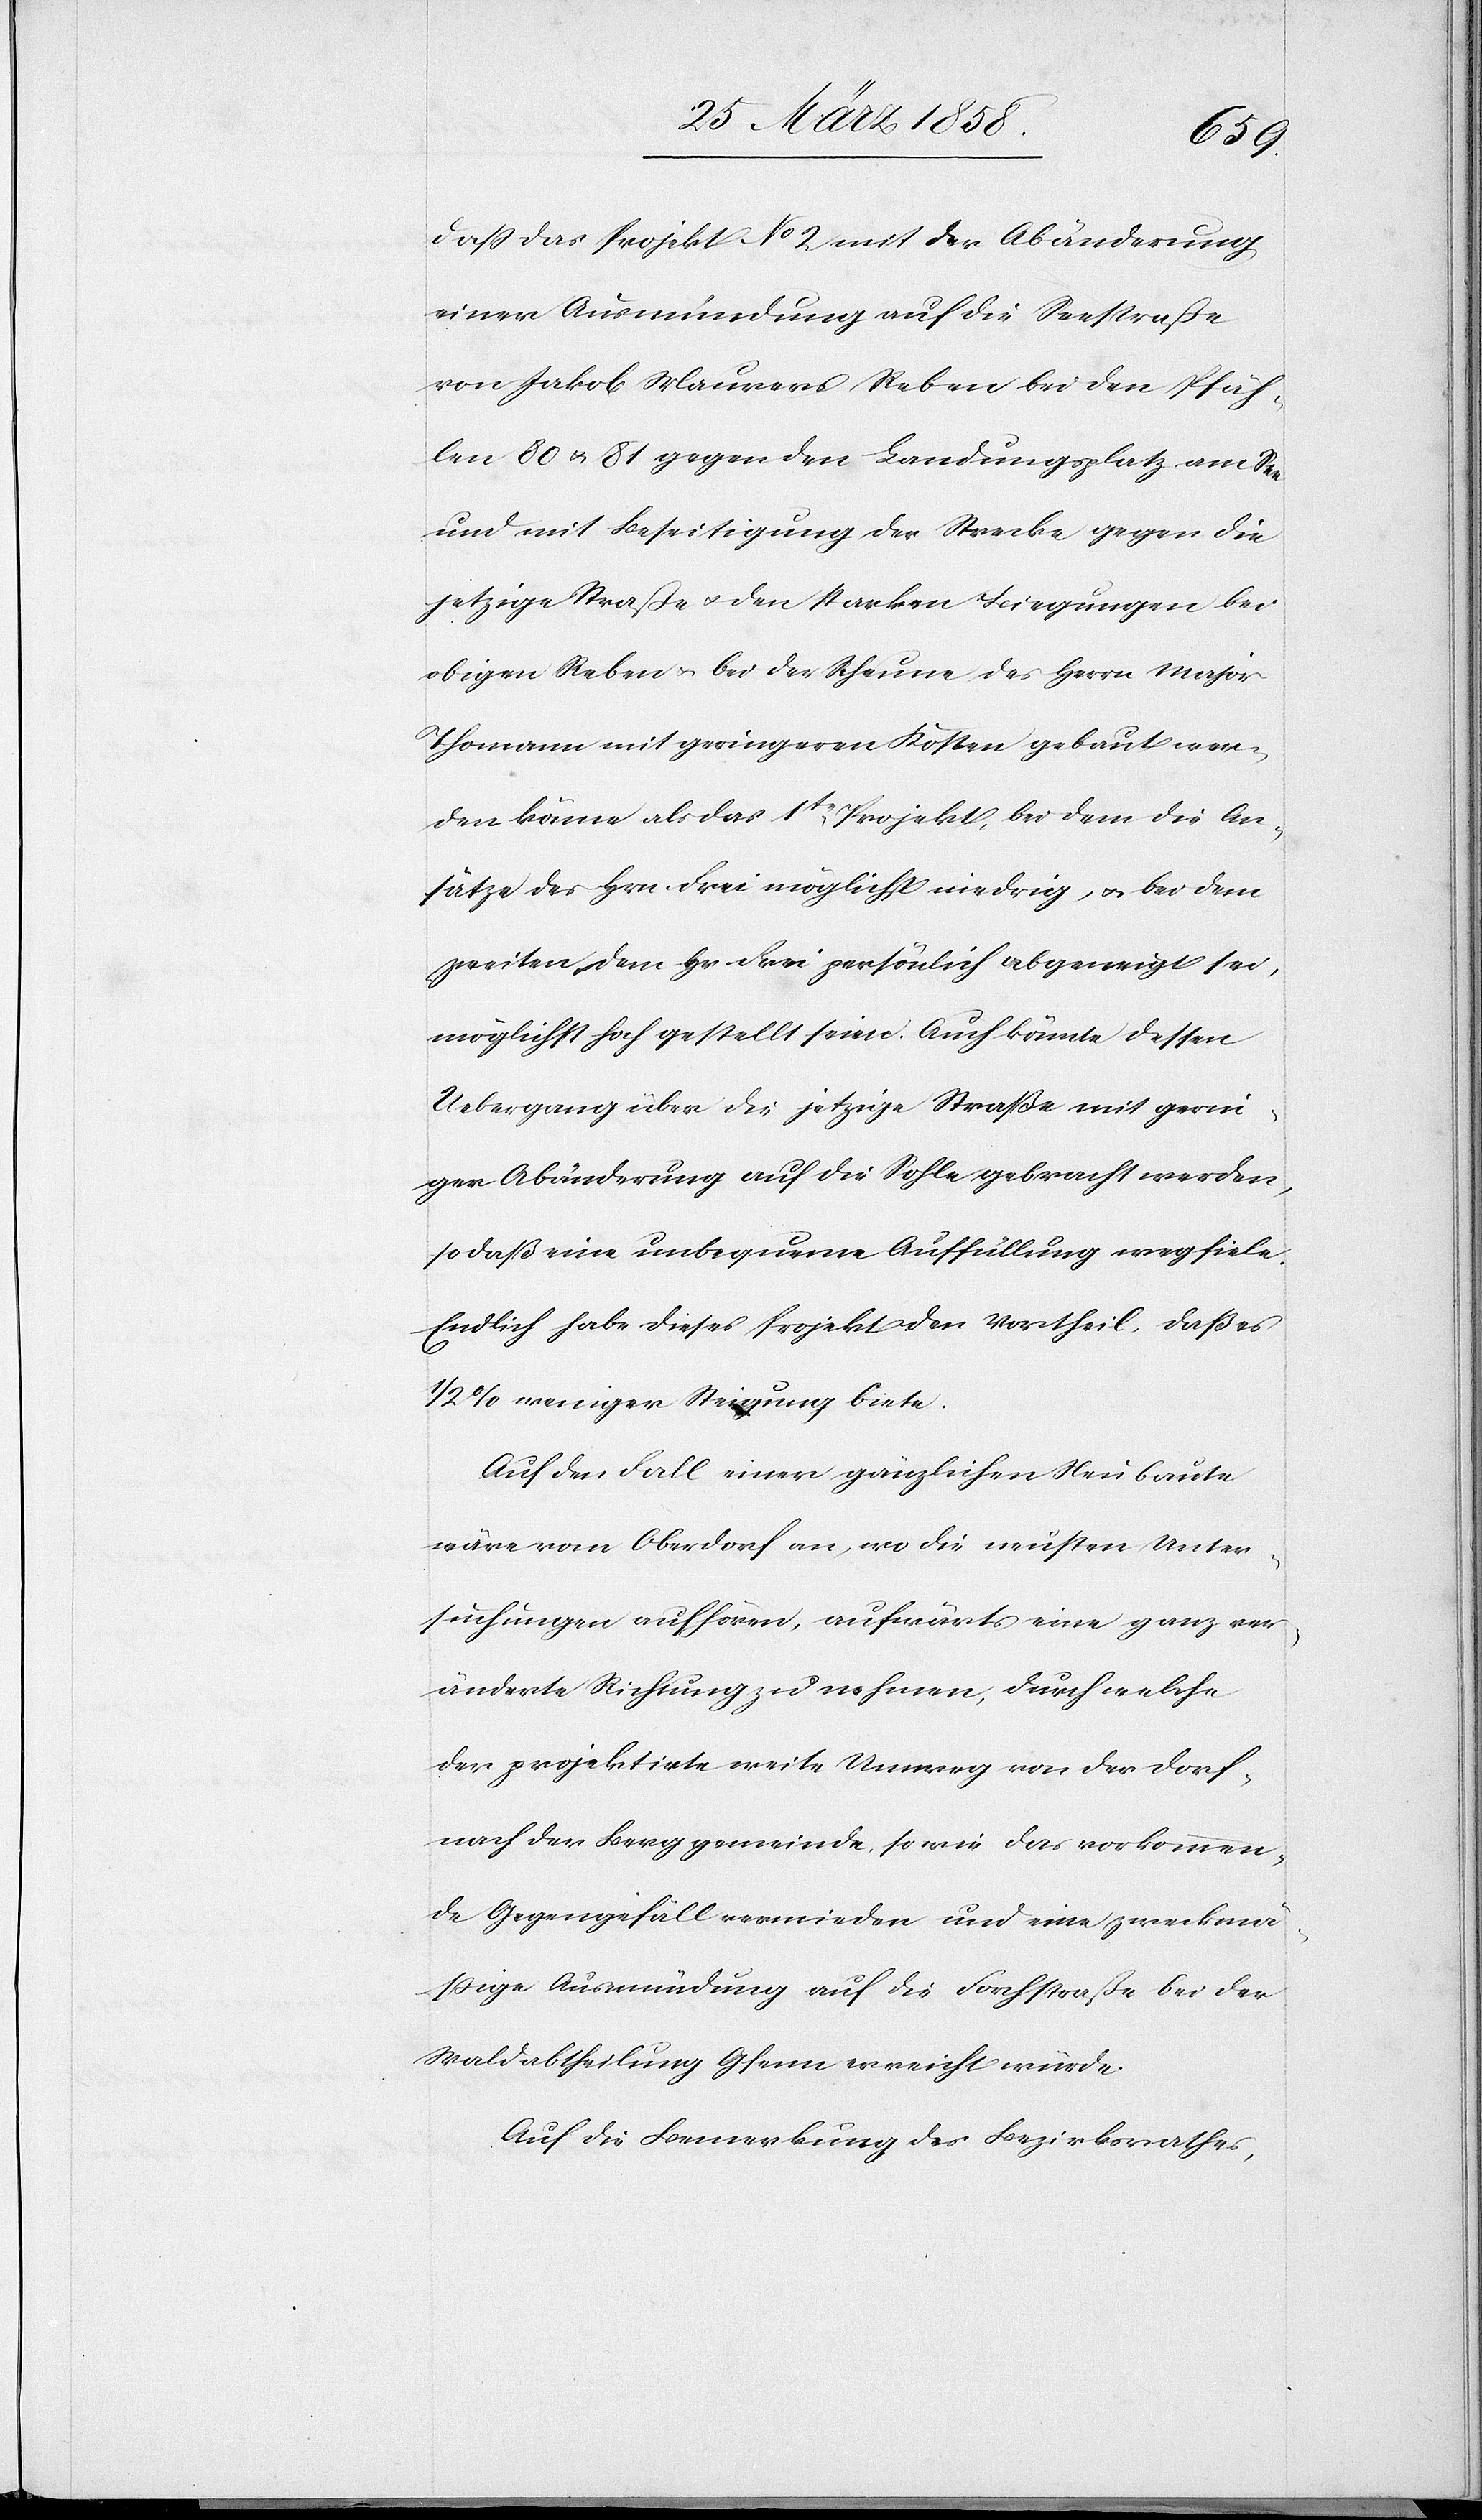
daß das Projekt No 2 mit der Abänderung
einer Ausmündung auf die Seestraße
von Jakob Maurers Reben bei den Pfäh¬
len 80 u. 81 gegen den Landungsplatz am See
und mit Beseitigung der Strecke gegen die
jetzige Straße u. den starken Biegungen bei
obigen Reben u. bei der Scheune des Herrn Major
Thomann mit geringeren Kosten gebaut wer¬
den könne als das 1te Projekt, bei dem die An¬
sätze des Hrn. Frei möglichst niedrig, u. bei dem
zweiten, dem Hr. Frei persönlich abgeneigt sei,
möglichst hoch gestellt seien. Auch könnte dessen
Uebergang über die jetzige Straße mit gerin¬
ger Abänderung auf die Sohle gebracht werden,
so daß eine unbequeme Auffüllung weg fiele.
Endlich habe dieses Projekt den Vortheil, daß es
1/2% weniger Steigung biete.
Auf den Fall einer gänzlichen Neubaute
wäre vom Oberdorf an, wo die neusten Unter¬
suchungen aufhören, aufwärts eine ganz ver¬
änderte Richtung zu nehmen, durch welche
der projektirte weite Umweg von der Dorf-
nach der Berggemeinde, sowie das vorkommen¬
de Gegengefäll vermieden und eine zweckmä¬
ßige Ausmündung auf die Forchstraße bei der
Waldabtheilung Gfenn erreicht würde.
Auf die Bemerkung des Bezirksrathes,